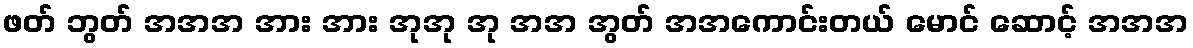
ဖတ် ဘွတ် အအအ အား အား အုအု အု အအ အွတ် အအကောင်းတယ် မောင် ဆောင့် အအအ